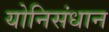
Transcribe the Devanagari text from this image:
योनिसंधान